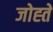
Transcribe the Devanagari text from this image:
जोह्ते